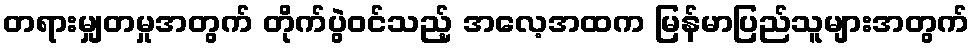
တရားမျှတမှုအတွက် တိုက်ပွဲဝင်သည့် အလေ့အထက မြန်မာပြည်သူများအတွက်